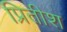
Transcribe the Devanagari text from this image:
प्रितीश